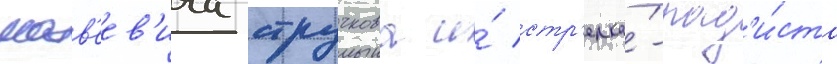
матв'еев'ича стручкова и́ стр'елка́-рад'и́ста